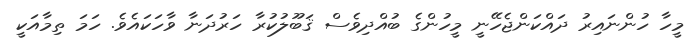
މީހާ ހުންނައިރު ދައްކަންޖެހޭނީ މީހުންގެ ބުއްދިވެސް ޤަބޫލުކުރާ ހަރުދަނާ ވާހަކައެވެ. ހަމަ ތިމާއަކީ